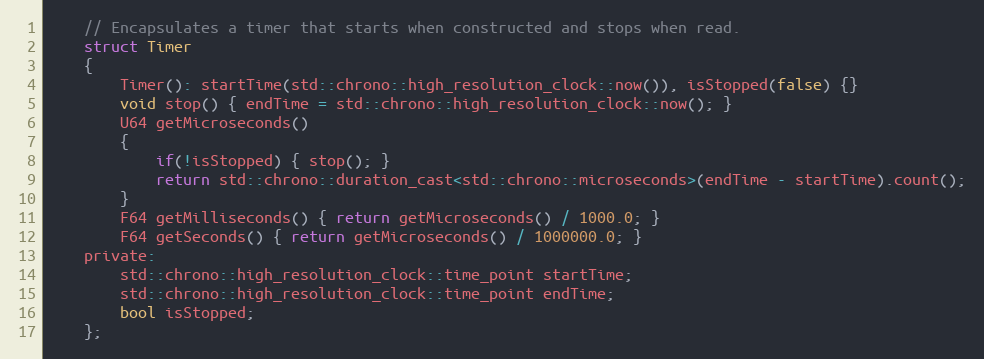
Language: C
	// Encapsulates a timer that starts when constructed and stops when read.
	struct Timer
	{
		Timer(): startTime(std::chrono::high_resolution_clock::now()), isStopped(false) {}
		void stop() { endTime = std::chrono::high_resolution_clock::now(); }
		U64 getMicroseconds()
		{
			if(!isStopped) { stop(); }
			return std::chrono::duration_cast<std::chrono::microseconds>(endTime - startTime).count();
		}
		F64 getMilliseconds() { return getMicroseconds() / 1000.0; }
		F64 getSeconds() { return getMicroseconds() / 1000000.0; }
	private:
		std::chrono::high_resolution_clock::time_point startTime;
		std::chrono::high_resolution_clock::time_point endTime;
		bool isStopped;
	};